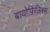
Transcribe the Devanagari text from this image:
बायोफ़िज़िक्स